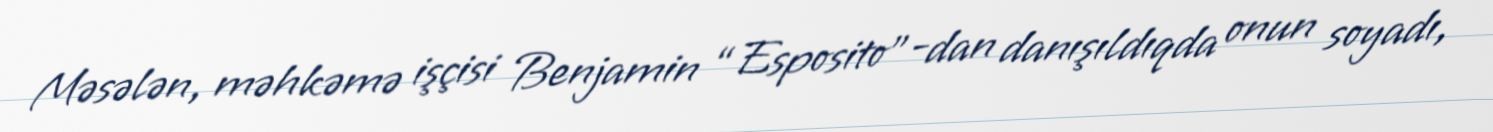
Məsələn, məhkəmə işçisi Benjamin “Esposito”-dan danışıldıqda onun soyadı,